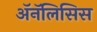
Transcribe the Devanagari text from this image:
ॲनॅलिसिस